Annual administration report of the Civil Veterinary Department of India - 1898-1899
Year: 1898
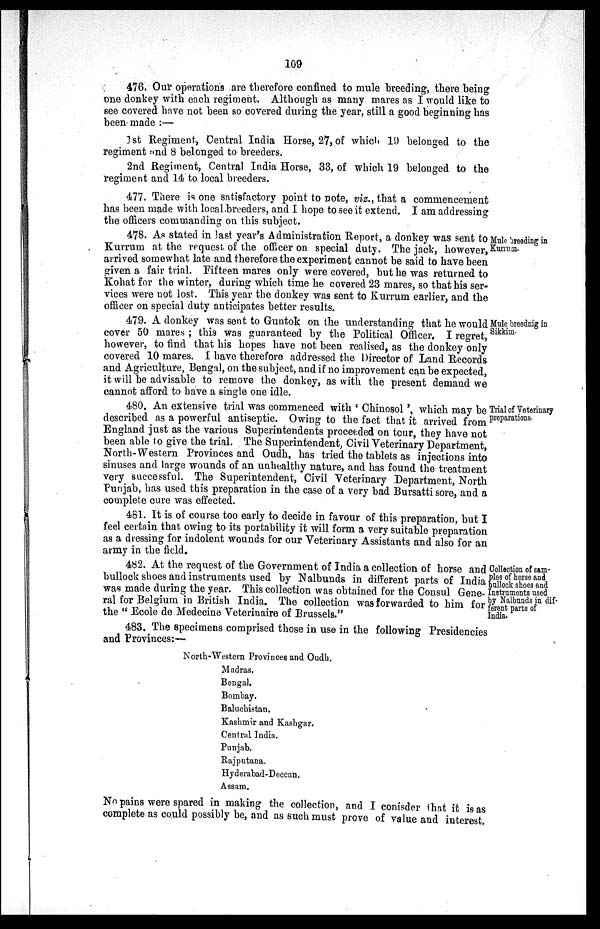
109
476. Our operations are therefore confined to mule breeding, there being
one donkey with each regiment. Although as many mares as I would like to
see covered have not been so covered during the year, still a good beginning has
been made:—
1st Regiment, Central India Horse, 27, of which 19 belonged to the
regiment and 8 belonged to breeders.
2nd Regiment, Central India Horse, 33, of which 19 belonged to the
regiment and 14 to local breeders.
477. There is one satisfactory point to note, viz., that a commencement
has been made with local breeders, and I hope to see it extend. I am addressing
the officers commanding on this subject.
Mule breeding in
Kurrum.
478. As stated in last year's Administration Report, a donkey was sent to
Kurrum at the request of the officer on special duty. The jack, however,
arrived somewhat late and therefore the experiment cannot be said to have been
given a fair trial. Fifteen mares only were covered, but he was returned to
Kohat for the winter, during which time he covered 23 mares, so that his ser-
vices were not lost. This year the donkey was sent to Kurrum earlier, and the
officer on special duty anticipates better results.
Mule breeding in
Sikkim.
479. A donkey was sent to Guntok on the understanding that he would
cover 50 mares; this was guaranteed by the Political Officer. I regret,
however, to find that his hopes have not been realised, as the donkey only
covered 10 mares. I have therefore addressed the Director of Land Records
and Agriculture, Bengal, on the subject, and if no improvement can be expected,
it will be advisable to remove the donkey, as with the present demand we
cannot afford to have a single one idle.
Trial of Veterinary
preparations.
480. An extensive trial was commenced with 'Chinosol', which may be
described as a powerful antiseptic. Owing to the fact that it arrived from
England just as the various Superintendents proceeded on tour, they have not
been able to give the trial. The Superintendent, Civil Veterinary Department,
North-Western Provinces and Oudh, has tried the tablets as injections into
sinuses and large wounds of an unhealthy nature, and has found the treatment
very successful. The Superintendent, Civil Veterinary Department, North
Punjab, has used this preparation in the case of a very bad Bursatti sore, and a
complete cure was effected.
481. It is of course too early to decide in favour of this preparation, but I
feel certain that owing to its portability it will form a very suitable preparation
as a dressing for indolent wounds for our Veterinary Assistants and also for an
army in the field.
Collection of sam-
ples of horse and
bullock shoes and
Instruments used
by Nalbunds in dif-
ferent parts of
India.
482. At the request of the Government of India a collection of horse and
bullock shoes and instruments used by Nalbunds in different parts of India
was made during the year. This collection was obtained for the Consul Gene-
ral for Belgium in British India. The collection was forwarded to him for
the "Ecole de Medecine Veterinaire of Brussels."
483. The specimens comprised those in use in the following Presidencies
and Provinces:—
North-Western Provinces and Oudh.
Madras.
Bengal.
Bombay.
Baluchistan.
Kashmir and Kashgar.
Central India.
Punjab.
Rajputana.
Hyderabad-Deccan.
Assam.
No pains were spared in making the collection, and I conisder that it is as
complete as could possibly be, and as such must prove of value and interest.